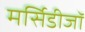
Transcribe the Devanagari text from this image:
मर्सिडीजॉ